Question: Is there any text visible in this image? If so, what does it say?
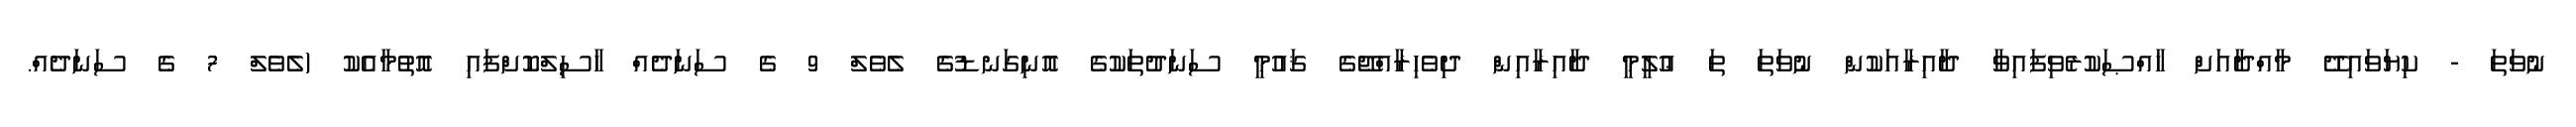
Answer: ނުވަތަ - ކިޔަވައިދޭ މާއްދާއަށް ޚާއްޞަކުރެވިފައިވާ ދާއިރާއަކުން ނުވަތަ ތަ ޢުލީމީ ދާއިރާއިން ދިވެހިރާއްޖޭގެ ޤައުމީ ސަނަދުތަކުގެ އޮނިގަނޑުގެ ލެވެލް 9 ގެ ސަނަދެއް ހާސިލްކޮށްފައި އޮތުމާއެކު (ލެވެލް 7 ގެ ސަނަދެއް.